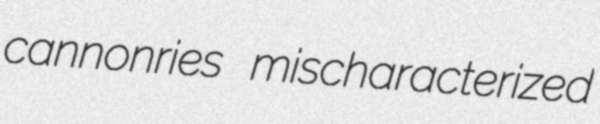
cannonries mischaracterized